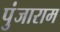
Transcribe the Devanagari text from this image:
पुंजाराम